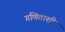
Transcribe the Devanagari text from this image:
गणिताशी